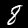
Label: 8